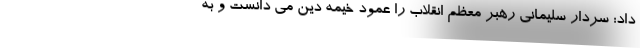
داد: سردار سلیمانی رهبر معظم انقلاب را عمود خیمه دین می دانست و به